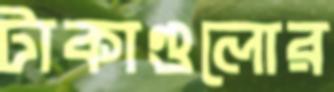
টাকাগুলোর